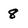
Character: 8